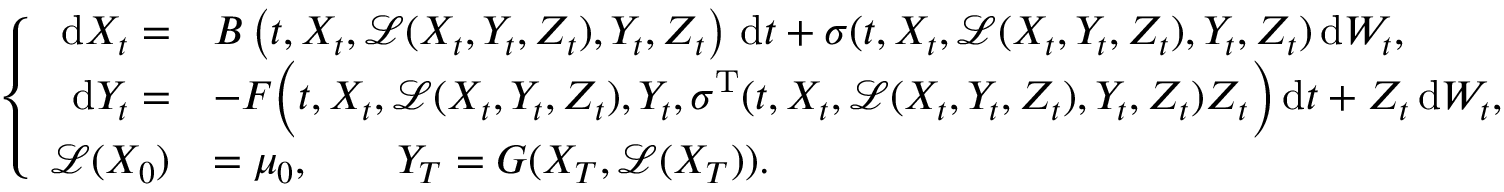
\left\{ \begin{array} { r l } { \, \mathrm { d } X _ { t } = } & { B \left( t , X _ { t } , \mathcal { L } ( X _ { t } , Y _ { t } , Z _ { t } ) , Y _ { t } , Z _ { t } \right) \, \mathrm { d } t + \sigma ( t , X _ { t } , \mathcal { L } ( X _ { t } , Y _ { t } , Z _ { t } ) , Y _ { t } , Z _ { t } ) \, \mathrm { d } W _ { t } , } \\ { \, \mathrm { d } Y _ { t } = } & { - F \Big ( t , X _ { t } , \mathcal { L } ( X _ { t } , Y _ { t } , Z _ { t } ) , Y _ { t } , \sigma ^ { \operatorname { T } } ( t , X _ { t } , \mathcal { L } ( X _ { t } , Y _ { t } , Z _ { t } ) , Y _ { t } , Z _ { t } ) Z _ { t } \Big ) \, \mathrm { d } t + Z _ { t } \, \mathrm { d } W _ { t } , } \\ { \mathcal { L } ( X _ { 0 } ) } & { = \mu _ { 0 } , \qquad Y _ { T } = G ( X _ { T } , \mathcal { L } ( X _ { T } ) ) . } \end{array} \right.